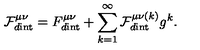
\mathcal { F } _ { d \mathrm { i n t } } ^ { \mu \nu } = F _ { d \mathrm { i n t } } ^ { \mu \nu } + \sum _ { k = 1 } ^ { \infty } \mathcal { F } _ { d \mathrm { i n t } } ^ { \mu \nu ( k ) } g ^ { k } .